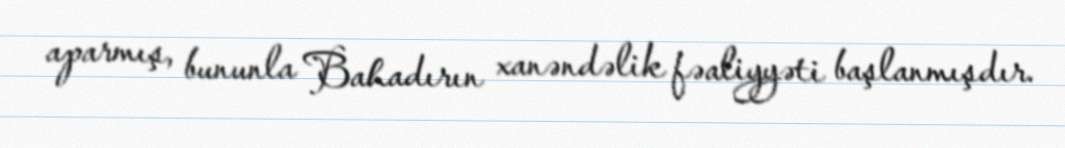
aparmış, bununla Bahadırın xanəndəlik fəaliyyəti başlanmışdır.